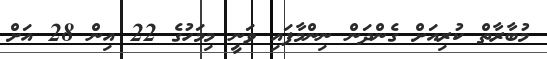
މުބާރާތް ކުރިއަށް ގެންދަން ނިންމާފައި ވަނީ މިމަހުގެ 22 އިން 28 އަށް